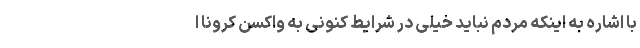
با اشاره به اینکه مردم نباید خیلی در شرایط کنونی به واکسن کرونا ا